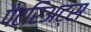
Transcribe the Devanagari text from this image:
पैट्रिअट्स